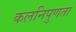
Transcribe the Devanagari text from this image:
कलनिपुणता